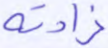
زادته